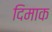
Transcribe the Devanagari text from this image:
दिमाक